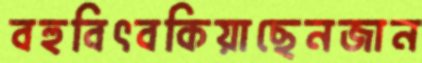
বহুবিৎবকিয়াছেনজান